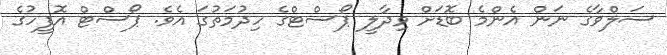
ސަލްވާގެ ނަން އެންމެ ބޮޑަށް ވިދާލީ ޕޯސްޓްގެ ހިދުމަތުގަ އެވެ. ޕޯސްޓް އޮފީހުގެ